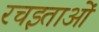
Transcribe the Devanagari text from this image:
रचइताओं